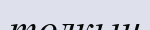
толкын